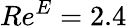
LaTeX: Re^{E}=2.4